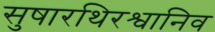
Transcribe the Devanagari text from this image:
सुषारथिरश्वानिव